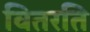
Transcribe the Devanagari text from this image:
वितरति